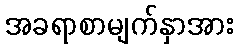
အခရာစာမျက်နှာအား